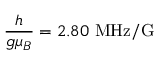
\frac { h } { g \mu _ { B } } = 2 . 8 0 ~ \mathrm { M H z / G }